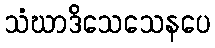
သံဃာဒိသေသေနပေ